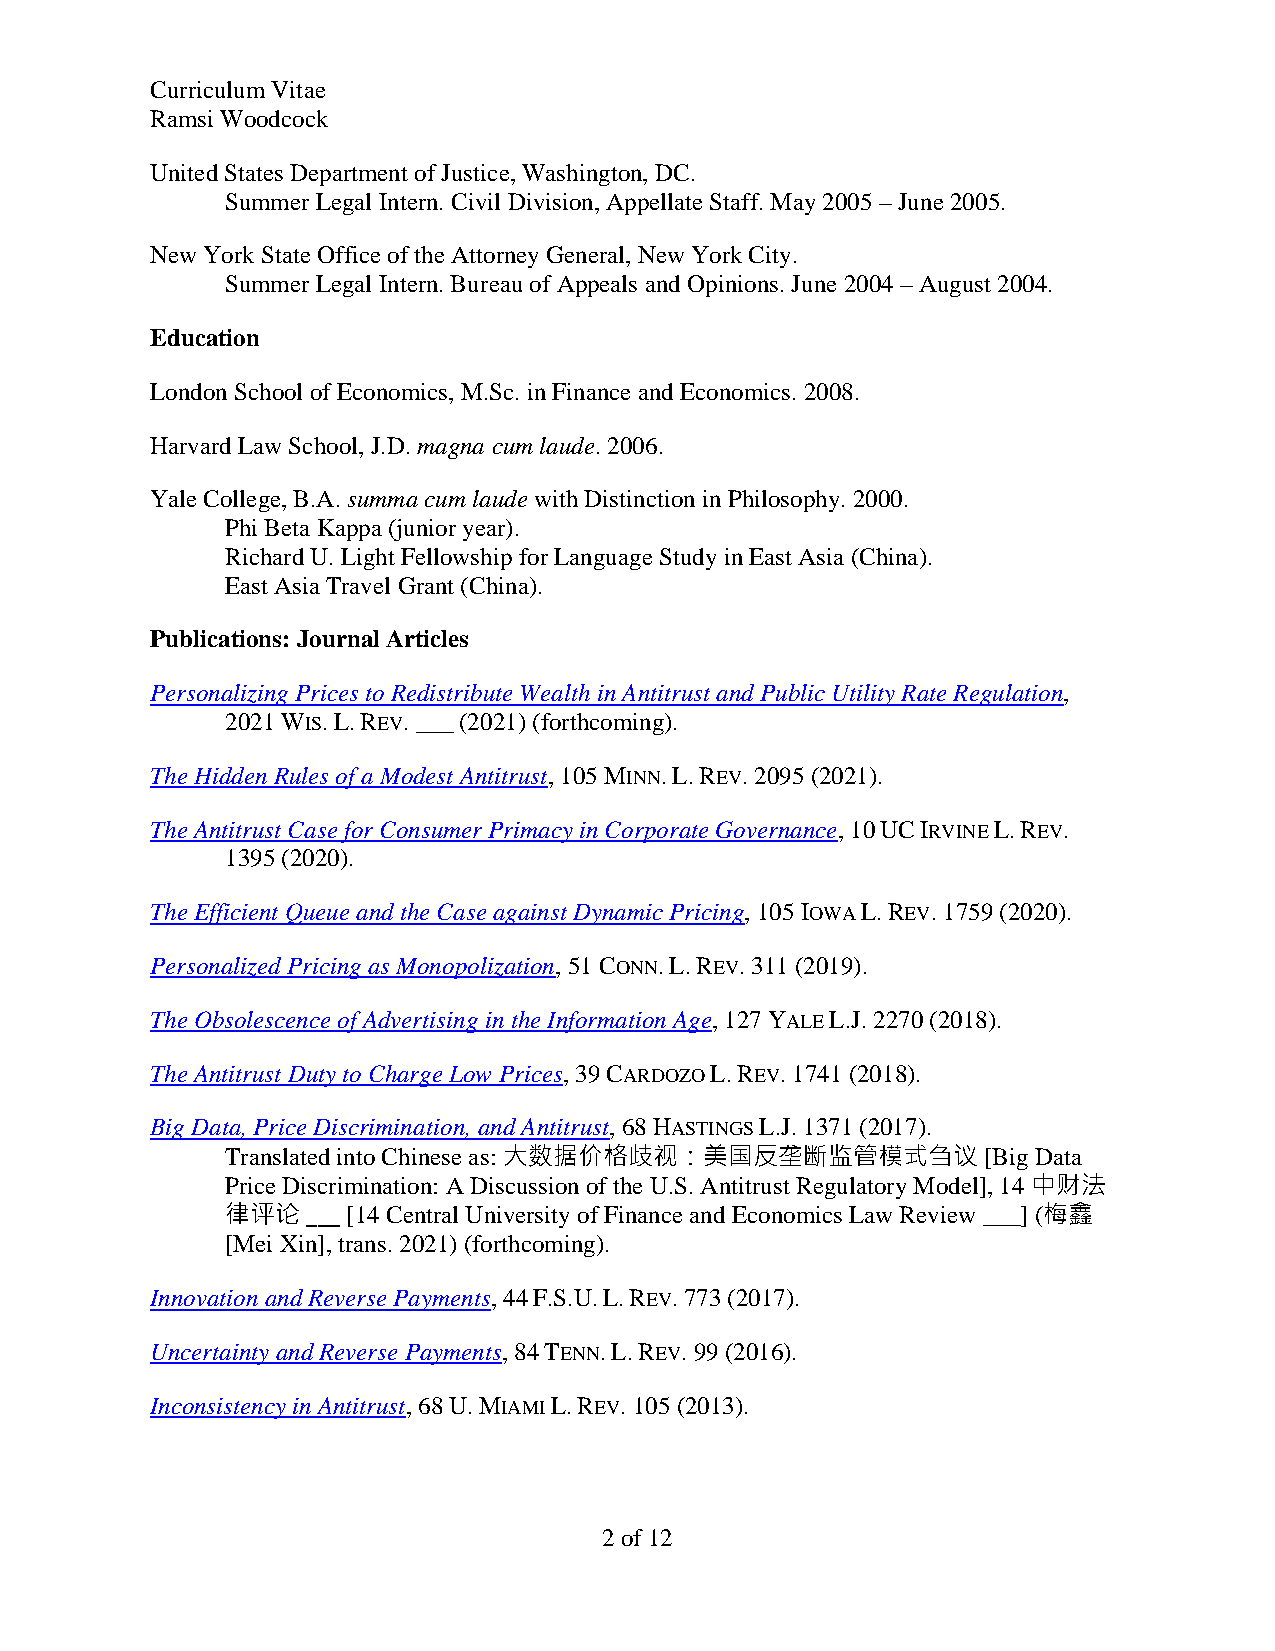
Curriculum Vitae
 Ramsi Woodcock
 United States Department of Justice, Washington, DC.
 Summer Legal Intern. Civil Division, Appellate Staff. May 2005 – June 2005.
 New York State Office of the Attorney General, New York City.
 Summer Legal Intern. Bureau of Appeals and Opinions. June 2004 – August 2004.
 Education
 London School of Economics, M.Sc. in Finance and Economics. 2008.
 Harvard Law School, J.D. magna cum laude. 2006.
 Yale College, B.A. summa cum laude with Distinction in Philosophy. 2000.
 Phi Beta Kappa (junior year).
 Richard U. Light Fellowship for Language Study in East Asia (China).
 East Asia Travel Grant (China).
 Publications: Journal Articles
 Personalizing Prices to Redistribute Wealth in Antitrust and Public Utility Rate Regulation,
 2021 WIS. L. REV. ___ (2021) (forthcoming).
 The Hidden Rules of a Modest Antitrust, 105 MINN. L. REV. 2095 (2021).
 The Antitrust Case for Consumer Primacy in Corporate Governance, 10 UC IRVINE L. REV.
 1395 (2020).
 The Efficient Queue and the Case against Dynamic Pricing, 105 IOWA L. REV. 1759 (2020).
 Personalized Pricing as Monopolization, 51 CONN. L. REV. 311 (2019).
 The Obsolescence of Advertising in the Information Age, 127 YALE L.J. 2270 (2018).
 The Antitrust Duty to Charge Low Prices, 39 CARDOZO L. REV. 1741 (2018).
 Big Data, Price Discrimination, and Antitrust, 68 HASTINGS L.J. 1371 (2017).
 Translated into Chinese as: 大数据价格歧视：美国反垄断监管模式刍议   [Big Data
 Price Discrimination: A Discussion of the U.S. Antitrust Regulatory Model], 14 中财法
 律评论  ___ [14 Central University of Finance and Economics Law Review ___] (梅鑫
 [Mei Xin], trans. 2021) (forthcoming).
 Innovation and Reverse Payments, 44 F.S.U. L. REV. 773 (2017).
 Uncertainty and Reverse Payments, 84 TENN. L. REV. 99 (2016).
 Inconsistency in Antitrust, 68 U. MIAMI L. REV. 105 (2013).
 2 of 12